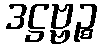
ဒဋ္ဌဗ္ဗဉ္စ